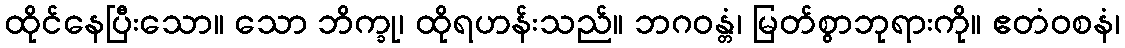
ထိုင်နေပြီးသော။ သော ဘိက္ခု၊ ထိုရဟန်းသည်။ ဘဂဝန္တံ၊ မြတ်စွာဘုရားကို။ ဧတံဝစနံ၊